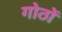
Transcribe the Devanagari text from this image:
गोठों